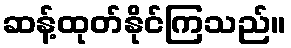
ဆန့်ထုတ်နိုင်ကြသည်။